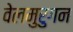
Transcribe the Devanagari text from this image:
वेलमुरुगन